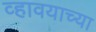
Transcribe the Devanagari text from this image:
व्हावयाच्या